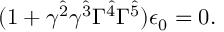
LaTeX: ( 1 + \gamma ^ { \hat { 2 } } \gamma ^ { \hat { 3 } } \Gamma ^ { \hat { 4 } } \Gamma ^ { \hat { 5 } } ) \epsilon _ { 0 } = 0 .